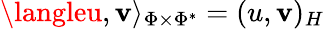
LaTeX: \langleu,\mathbf{v}\rangle_{\Phi\times\Phi^{*}}=(u,\mathbf{v})_{H}